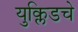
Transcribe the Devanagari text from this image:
युक्लिडचे